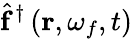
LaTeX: \hat{\mathbf{f}}^{\dagger}\left(\mathbf{r},\omega_{f},t\right)